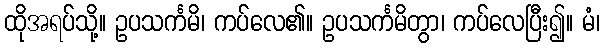
ထိုအရပ်သို့။ ဥပသင်္ကမိ၊ ကပ်လေ၏။ ဥပသင်္ကမိတွာ၊ ကပ်လေပြီး၍။ မံ၊